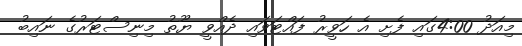
މިއަދު 4:00ގައި ފެށި އެ ހަވީރު ފައްޓަވައި ދެއްވީ ޔޫތު މިނިސްޓަރުގެ ނައިބު